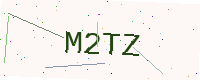
Text: M2TZ